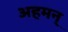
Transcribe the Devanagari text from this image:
अहमन्